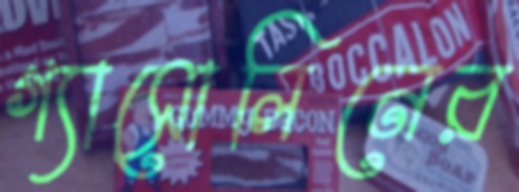
গ্যাসোলিনের